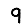
Digit: 9